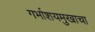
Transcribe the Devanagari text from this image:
गर्भाशयमुखाचा